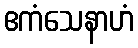
ဧကံသေနာဟံ